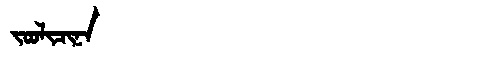
Manchu: ᠵᠣᠣᠯᡳᠴᡳᠨᠠ
Romanization: JOOLICINA